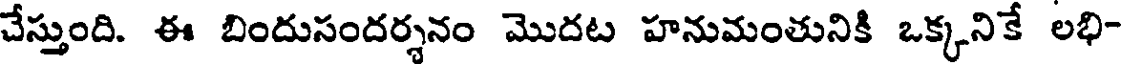
చేస్తుంది. ఈ బిందుసందర్శనం మొదట హనుమంతునికి ఒక్కనికే లభి-